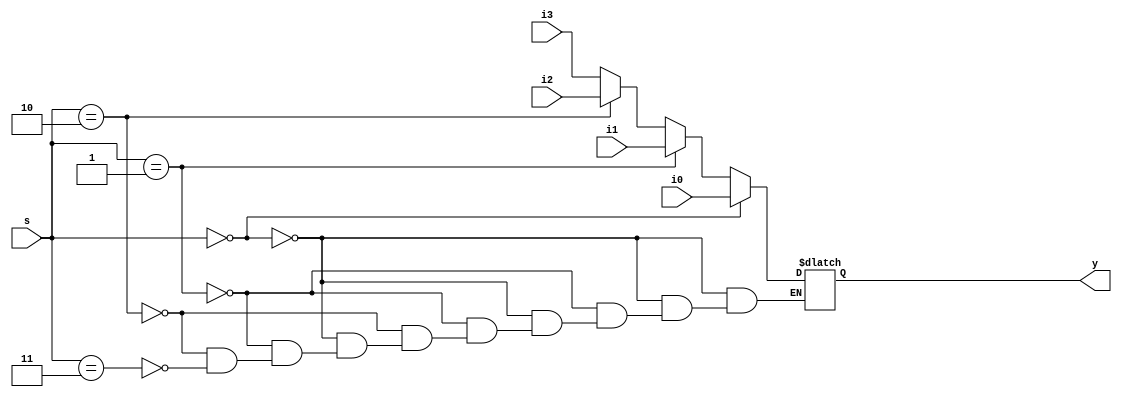
`timescale 1ns / 1ps
module mux_41(
    input [0:1]i0,
    input [0:1]i1,
    input [0:1]i2,
    input [0:1]i3,
    input [0:1]s,
    output reg [0:1]y
    );
    always @(i0 or i1 or i2 or i3 or s)
    begin 
    if(s==2'b00)
   y=i0;
    else if(s==2'b01)
    y=i1;
    else if(s==2'b10)
    y=i2;
    else if(s==2'b11)
    y=i3;
    end   
endmodule